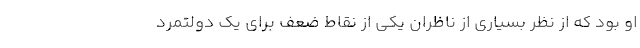
او بود که از نظر بسیاری از ناظران یکی از نقاط ضعف برای یک دولتمرد